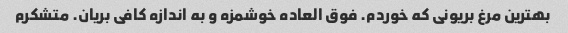
بهترین مرغ بریونی که خوردم. فوق العاده خوشمزه و به اندازه کافی بریان. متشکرم